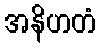
အနိဟတံ